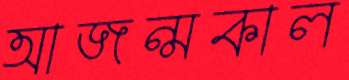
আজন্মকাল